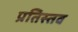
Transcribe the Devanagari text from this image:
प्रतिस्तव